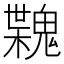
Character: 𩳶